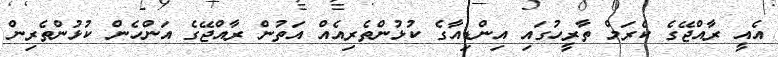
އެއީ ރާއްޖޭގެ ކެރަމް ތާރީހުގައި އިންޑިއާގެ ކުޅުންތެރިއެއް އަތުން ރާއްޖޭގެ އަންހެން ކުޅުންތެރިން